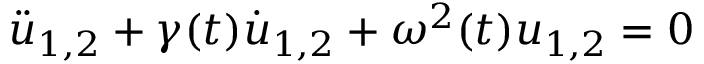
\begin{array} { r } { \ddot { u } _ { 1 , 2 } + \gamma ( t ) \dot { u } _ { 1 , 2 } + \omega ^ { 2 } ( t ) u _ { 1 , 2 } = 0 } \end{array}